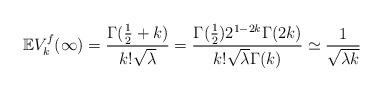
LaTeX: \begin{align*}\mathbb{E} V_k^f(\infty)=\frac{\Gamma(\frac{1}{2}+k)}{k! \sqrt{\lambda}} = \frac{\Gamma(\frac{1}{2})2^{1-2k}\Gamma(2k)}{k! \sqrt{\lambda}\Gamma(k)} \simeq \frac{1}{\sqrt{\lambda k}}\end{align*}